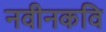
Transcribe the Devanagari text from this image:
नवीनकवि